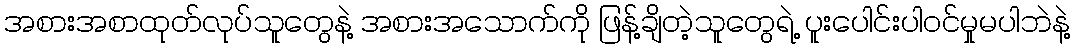
အစားအစာထုတ်လုပ်သူတွေနဲ့ အစားအသောက်ကို ဖြန့်ချိတဲ့သူတွေရဲ့ ပူးပေါင်းပါဝင်မှုမပါဘဲနဲ့